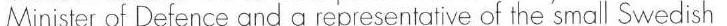
Minister of Defence and a representative of the small Swedish